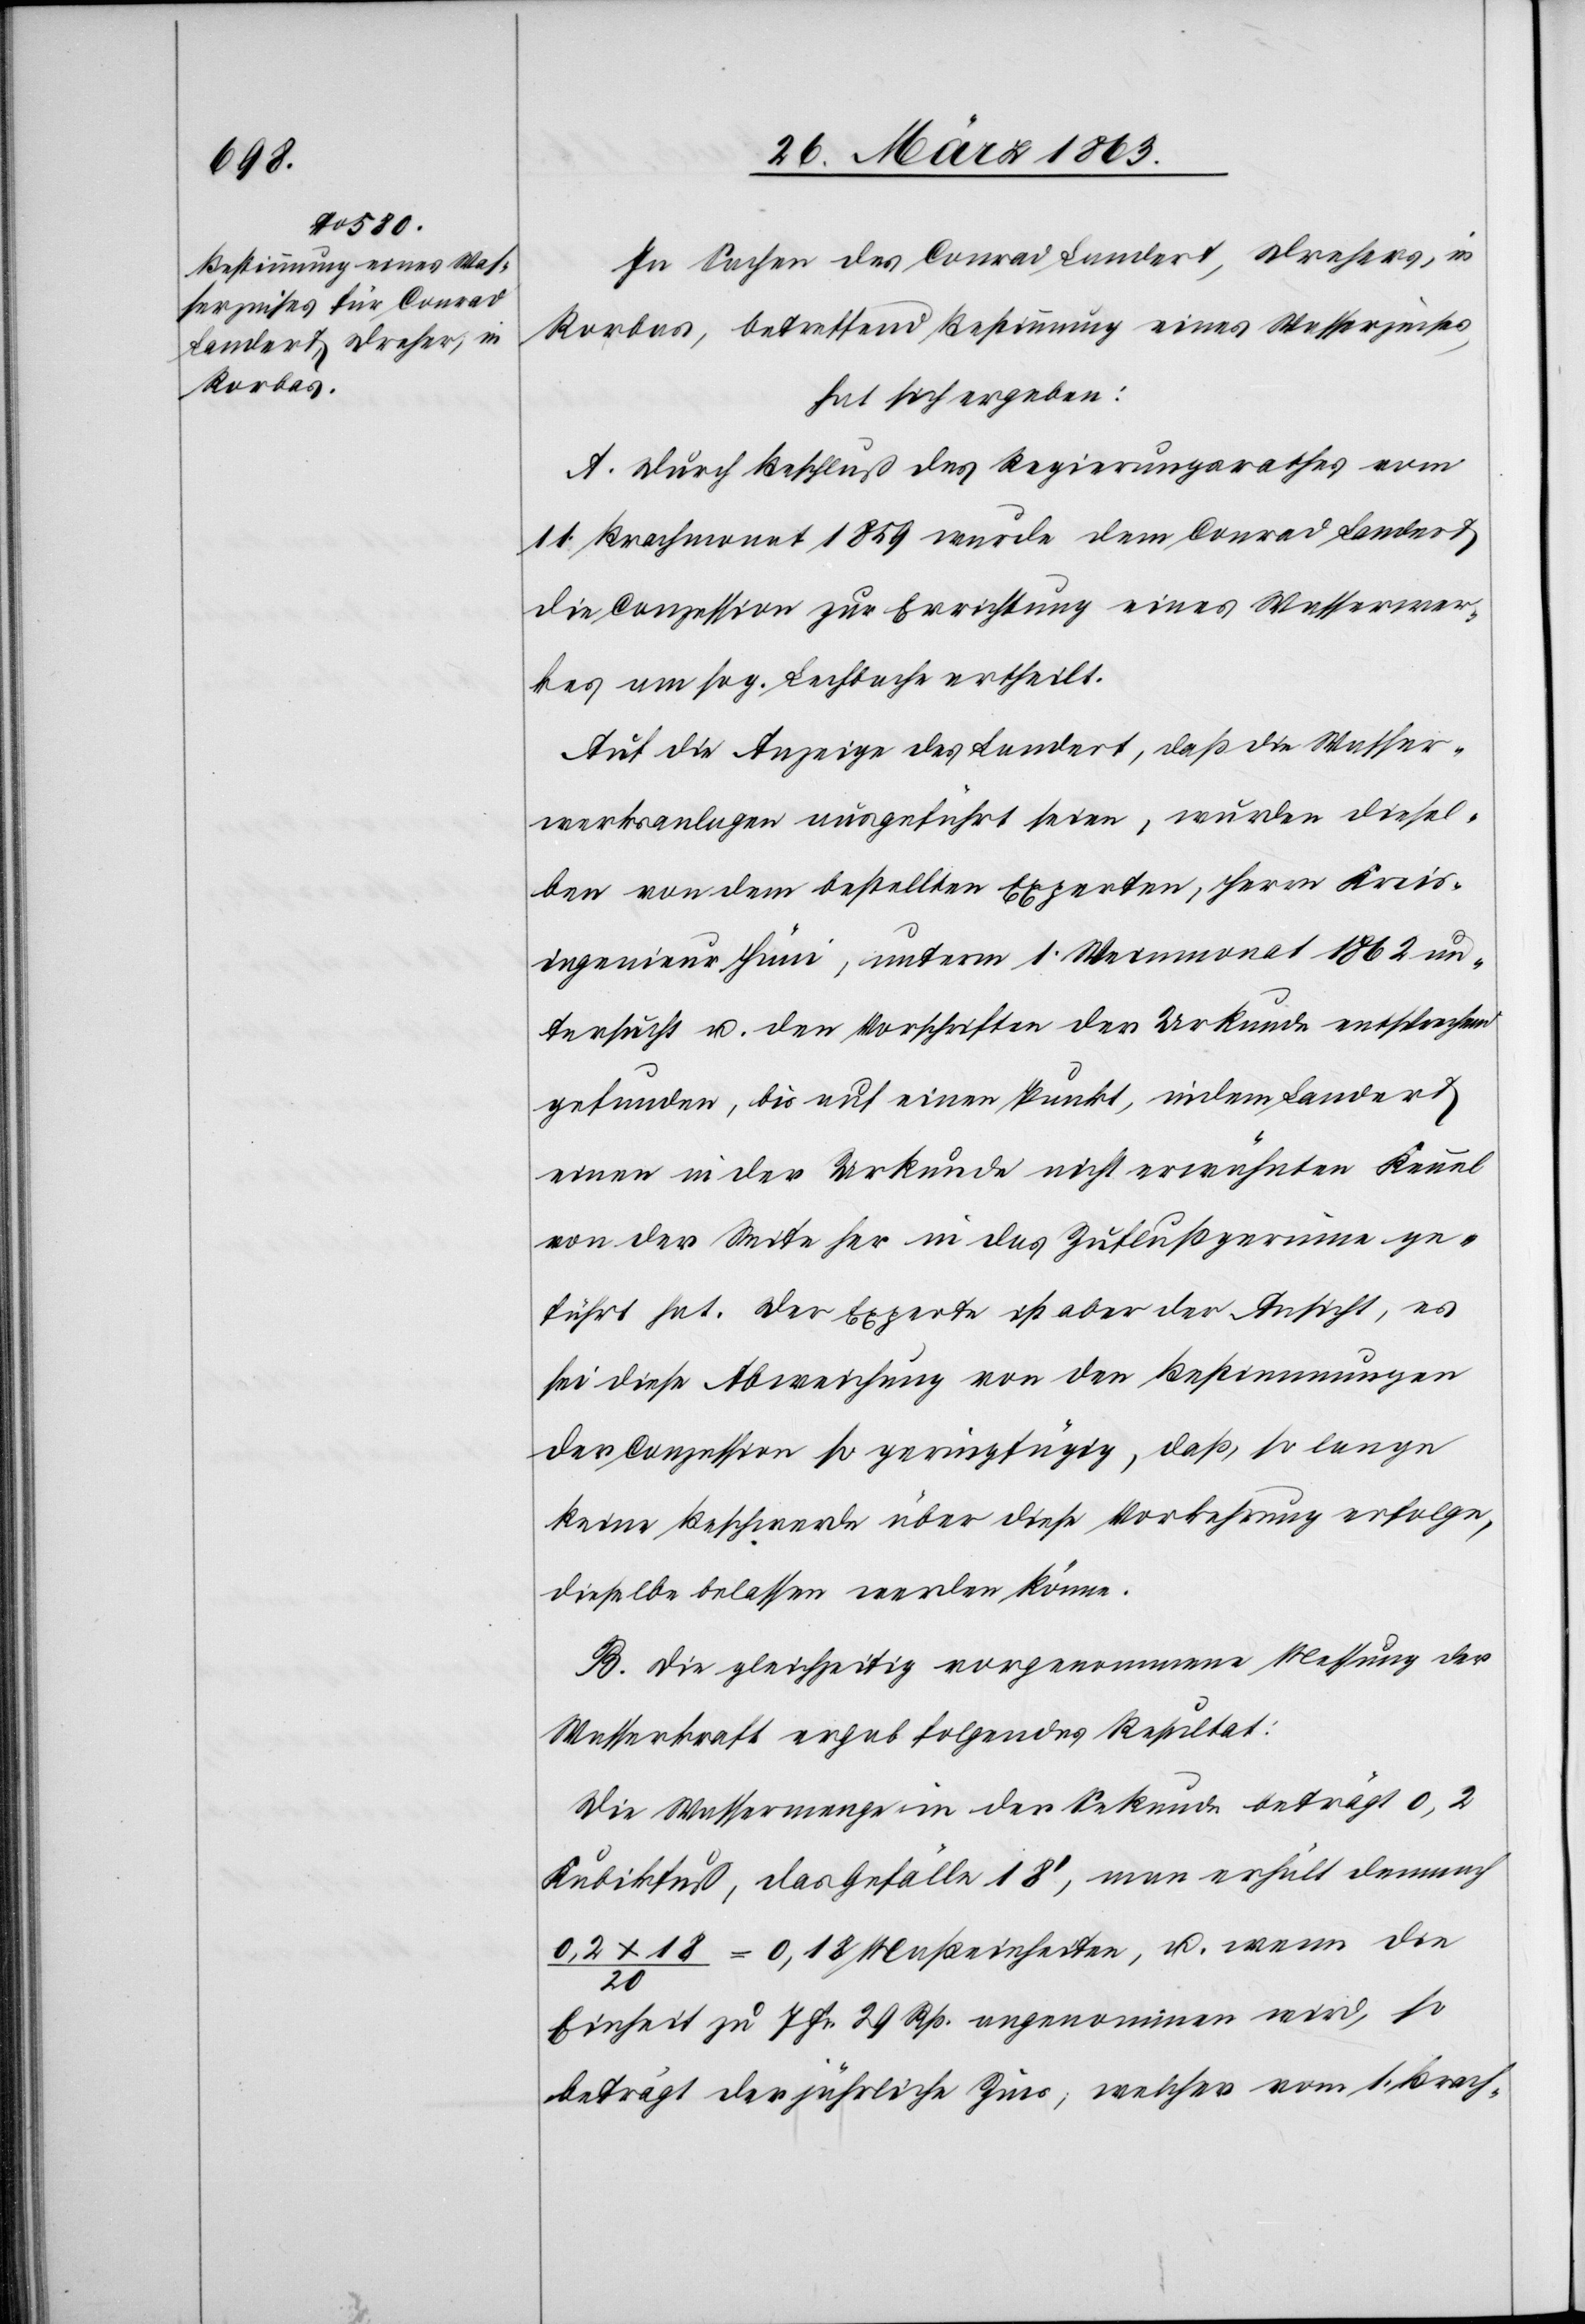
In Sachen des Conrad Landert, Drehers, in
Rorbas, betreffend Bestimmung eines Wasserzinses,
hat sich ergeben:
A. Durch Beschluß des Regierungsrathes vom
11. Brachmonat 1859 wurde dem Conrad Landert
die Conzession zur Errichtung eines Wasserwer¬
kes am sog. Lechbache ertheilt.
Auf die Anzeige des Landert, daß die Wasser¬
werksanlagen ausgeführt seien, wurden diesel¬
ben von dem bestellten Experten, Herrn Kreis¬
ingenieur Hüni, unterm 1. Weinmonat 1862 un¬
tersucht u. den Vorschriften der Urkunde entsprechend
gefunden, bis auf einen Punkt, indem Landert
einen in der Urkunde nicht erwähnten Kannal
von der Seite her in das Zuflußgerinne ge¬
führt hat. Der Experte ist aber der Ansicht, es
sei diese Abweichung von den Bestimmungen
der Conzession so geringfügig, daß, so lange
keine Beschwerde über diese Vorkehrung erfolge,
dieselbe belassen werden könne.
B. Die gleichzeitig vorgenommene Messung der
Wasserkraft ergab folgendes Resultat:
Die Wassermenge in der Sekunde beträgt 0,2
Kubikfuß, das Gefälle 18', man erhält demnach
0,2x18/20 = 0.18 Maßeinheiten, u. wenn die
Einheit zu 7 Fr. 29 Rp. angenommen wird, so
beträgt der jährliche Zins, welcher vom 1. Brach-